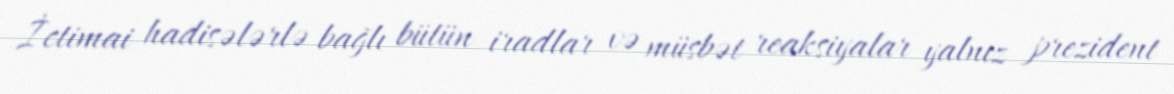
İctimai hadisələrlə bağlı bütün iradlar və müsbət reaksiyalar yalnız prezident